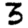
Digit: 3